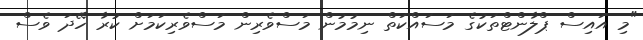
"މި އައިސް ޕްލާންޓްތަކުގެ މަސައްކަތް ނިމުމުން މަސްވެރިން މަސްވެރިކަމަށް ކުރާ ހޭދަ ވެސް